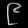
Digit: ၉